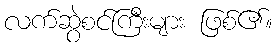
လက်ဆွဲစင်ကြီးများ ဖြစ်၏။